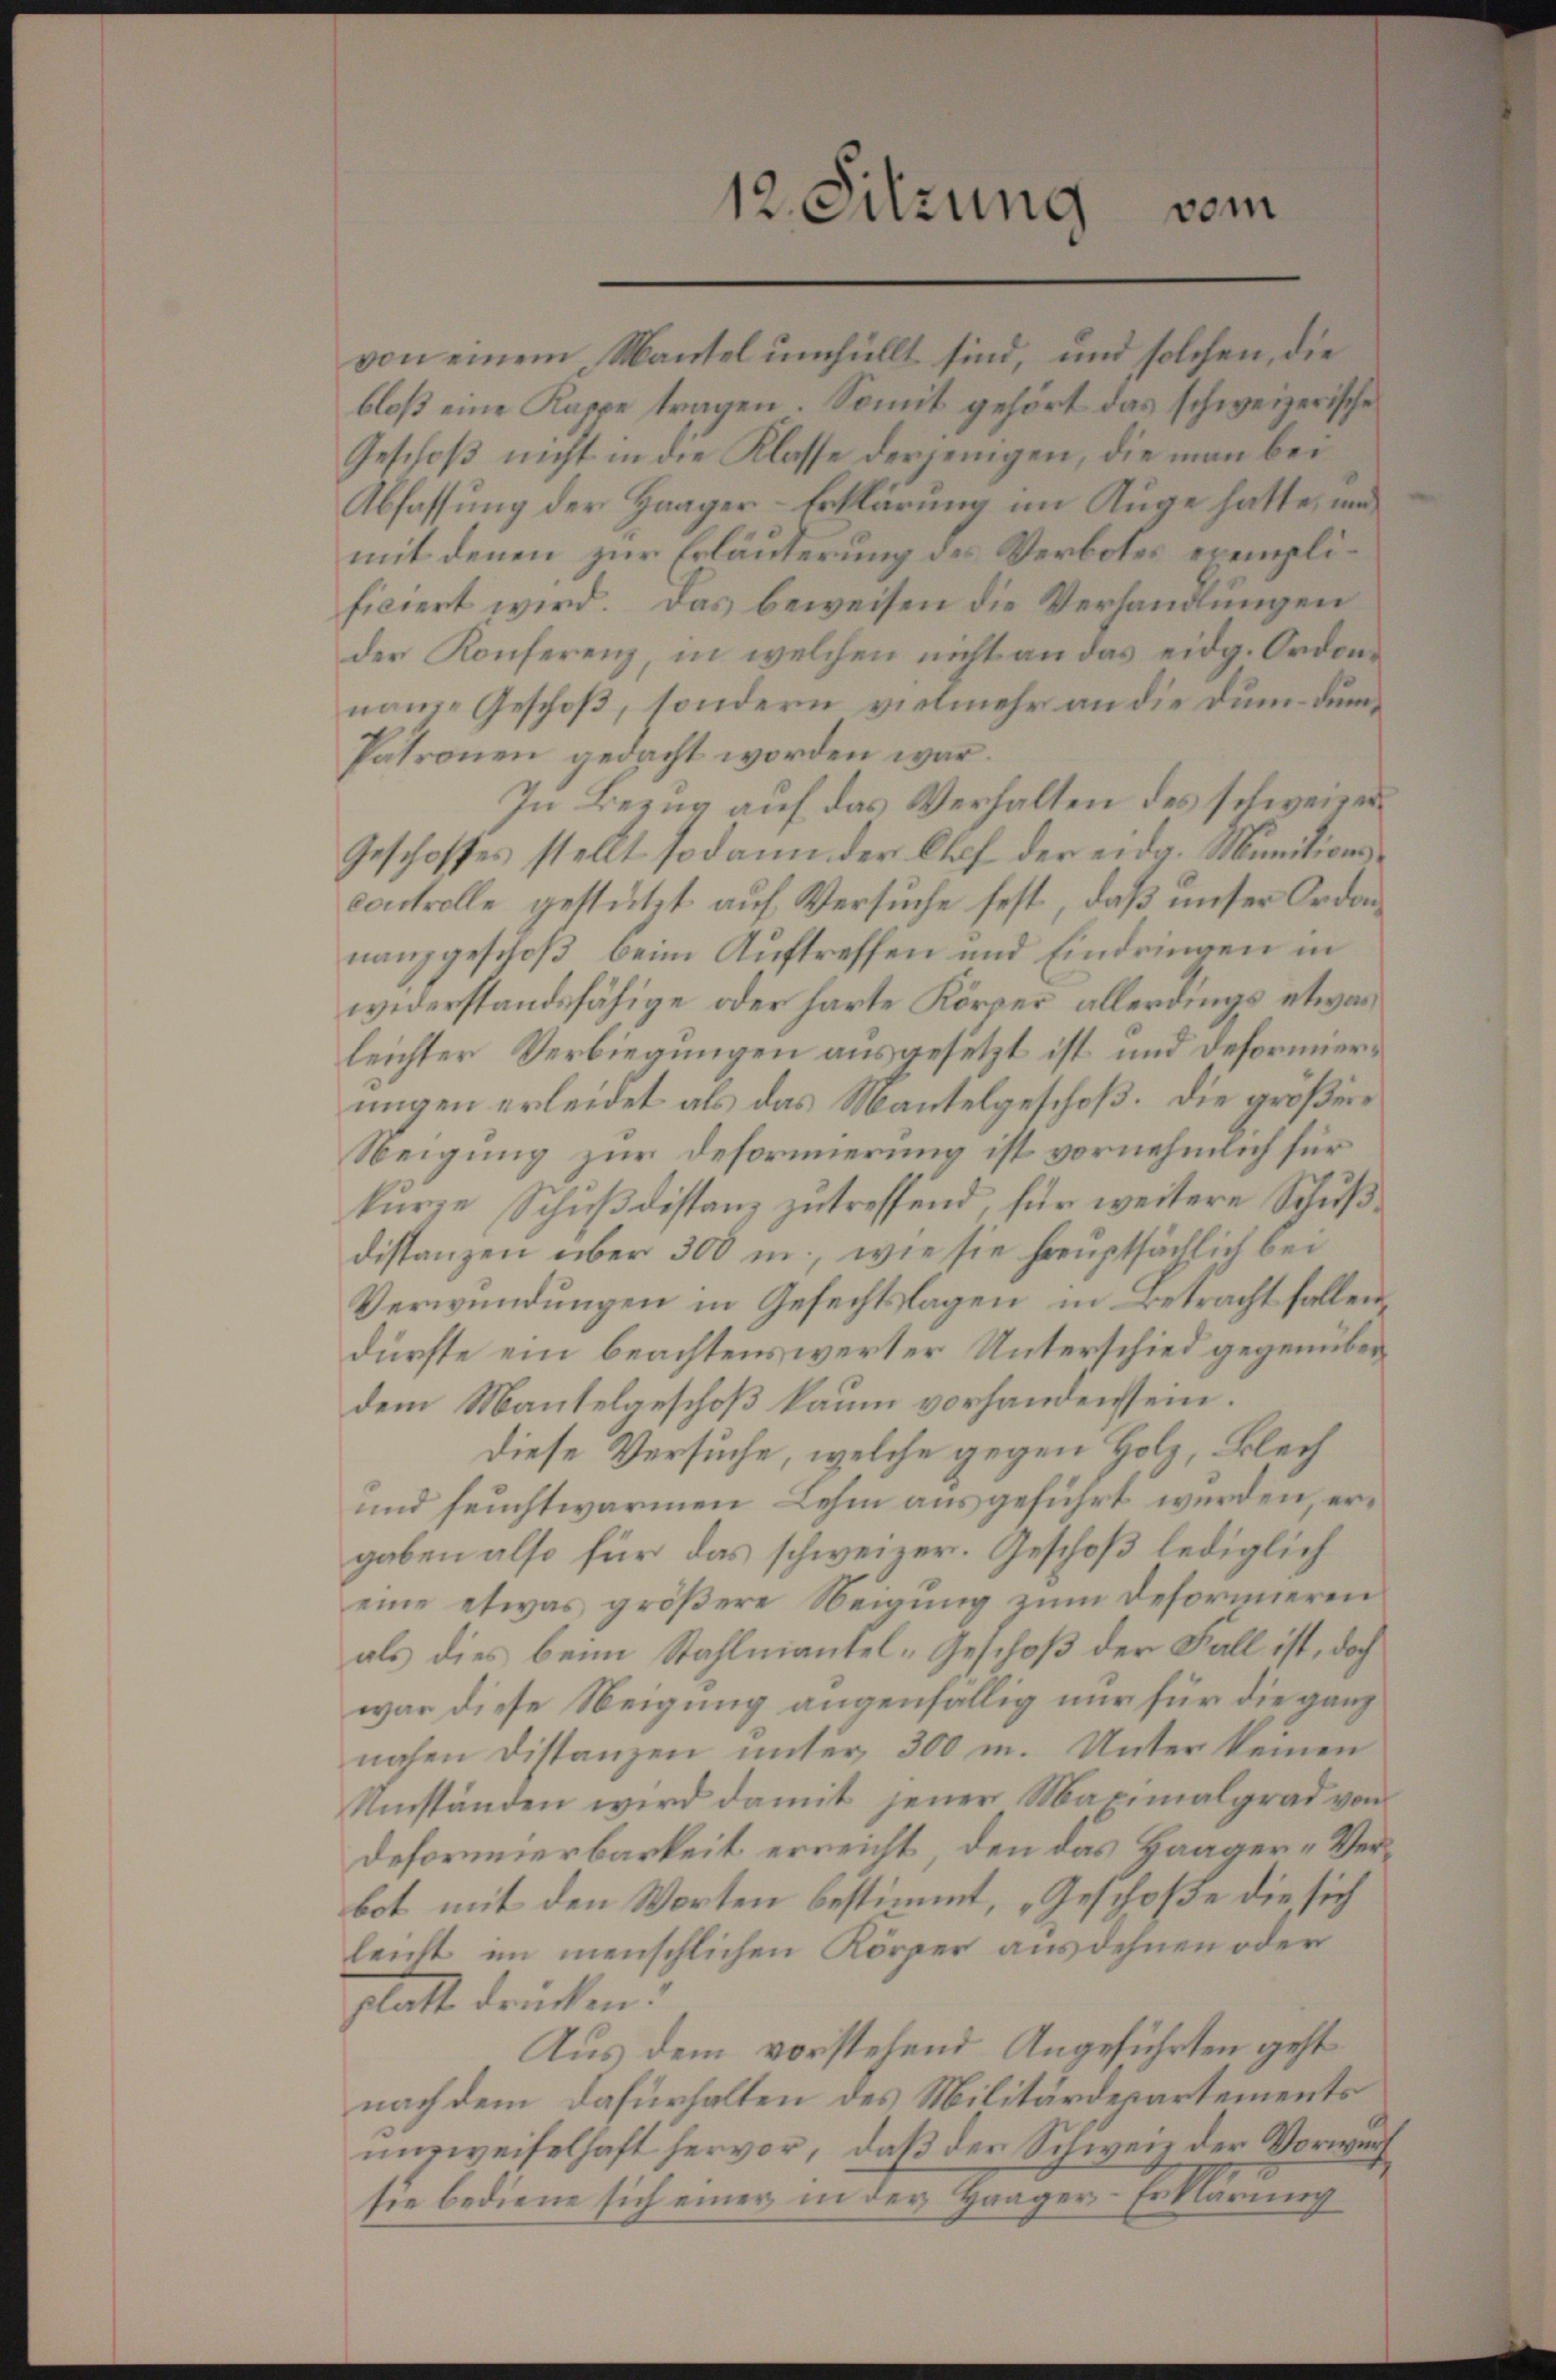
12. Sitzung

vom

von einem Mantel umhüllt sind, und solchen, die
bloß eine Kappe tragen. Somit gehört das schweizerische
Geschoß nicht in die Klasse derjenigen, die man bei
Abfassung der Haager-Erklärung im Auge hatte, un
mit denen zur Erläuterung des Verbotes exemplificiert wird. Das beweisen die Verhandlungen
der Konferenz, in welchen nicht an das eidg. Orden.
nanze Geschoß, sondern vielmehr an die dum dem¬
Patronen gedacht worden war.
In Bezug auf das Verhalten des schweren
Geschoffes stellt sodann der Chef der eidg. Munitionscontrolle gestützt auf Versuche fest, daß unser Orden
nanzgeschoß, beim Auftreffen und Eindringen in
widerstandsfähige oder harte Körper, allerdings etwas
leichter Verbiegungen ausgesetzt ist und defornmerungen erleidet als das Mantelgeschoß. Die größere
Neigung zur Deformierung ist vornehmlich für
kurze Schußdistanz zu treffend, für weitere Schußdistanzen über 300 m., wie sie hauptsächlich bei
Verwundungen in Gefechtslagen in Betracht fallendürfte ein beachtenswerter Unterschied gegenüberdem Mantelgeschoß kaum vorhanden sein.
diese Versuche, welche gegen Holz, Blech
und feuchtwarmen Lehm ausgeführt werden, ergaben also für das schweizer. Geschoß lediglich
eine etwas größere Neigung zum Reformieren
als dies beim Stahlniantel-Geschoß der Fall ist, doch
war diese Neigung augenfällig nur für die ganz
nahen Distanzen unter 300 m. Unter keinen
Umständen wird damit jener Maximalgrad von
Deformierbarkeit erreicht, den das Haager- Verbot mit den Worten bestimmt, „Geschoße die sich
leicht im menschlichen Körper ausdehnen oder
glatt drücken.
Aus dem vorstehend Angeführten geht
nach dem dafürhalten des Militärdepartements
nusweiselhaft hervor, daß der Schweiz der Vorwart
sie bediene sich einer in der Haager-Erklärung